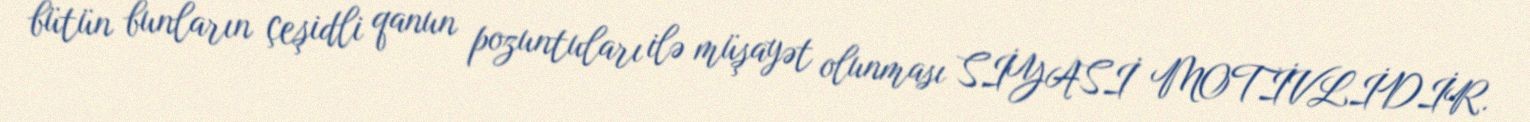
bütün bunların çeşidli qanun pozuntuları ilə müşayət olunması SİYASİ MOTİVLİDİR.